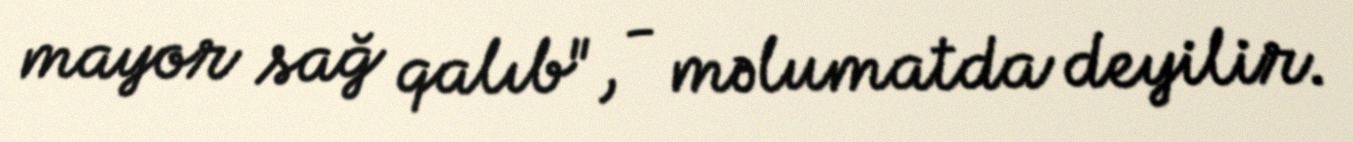
mayor sağ qalıb", - məlumatda deyilir.